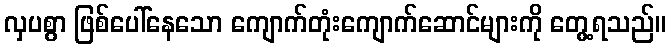
လှပစွာ ဖြစ်ပေါ်နေသော ကျောက်တုံးကျောက်ဆောင်များကို တွေ့ရသည်။